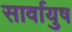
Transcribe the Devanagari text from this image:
सार्वायुष